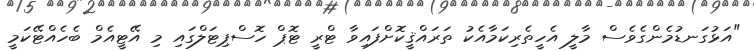
"އަޅުގަނޑުމެންގެވެސް މާލީ އެހީތެރިކަމާއެކު ތަރައްޤީކޮށްފައިވާ ޓްރީ ޓޮޕް ހޮސްޕިޓަލްގައި މި އޭޓީއެމް ބެހެއްޓޭކަމީ